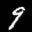
Label: 9